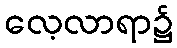
လေ့လာရာ၌